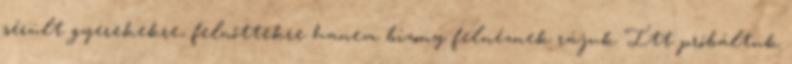
sérült gyerekekre, felnőttekre hanem bizony felnéznek rájuk Itt próbáltuk